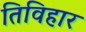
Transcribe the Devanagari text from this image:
तिविहार